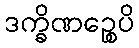
ဒက္ခိဏဉ္စေပိ